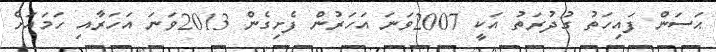
ޙަސަން ފައިހަތު ގުދުރަތު އަކީ 2007ވަނަ އަހަރުން ފެށިގެން 2013ވަނަ އަހަރާއި ހަމައަށް